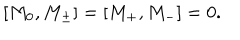
[ M _ { 0 } , M _ { \pm } ] = [ M _ { + } , M _ { - } ] = 0 .